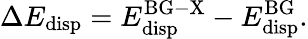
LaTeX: \Delta E_{\mathrm{disp}}=E_{\mathrm{disp}}^{\mathrm{BG-X}}-E_{\mathrm{disp}}^{\mathrm{BG}}.